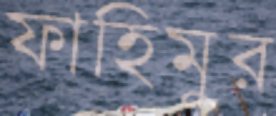
ফাহিমুর